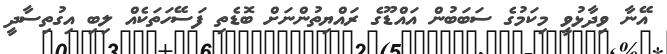
އޭނާ ވިދާޅުވީ މިކަމުގެ ސަބަބުން އައްޑޫގެ ރައްޔިތުންނަށް ބޮޑެތި ފަސޭހަތަކެއް ލިބި އިގުތިސާދީ